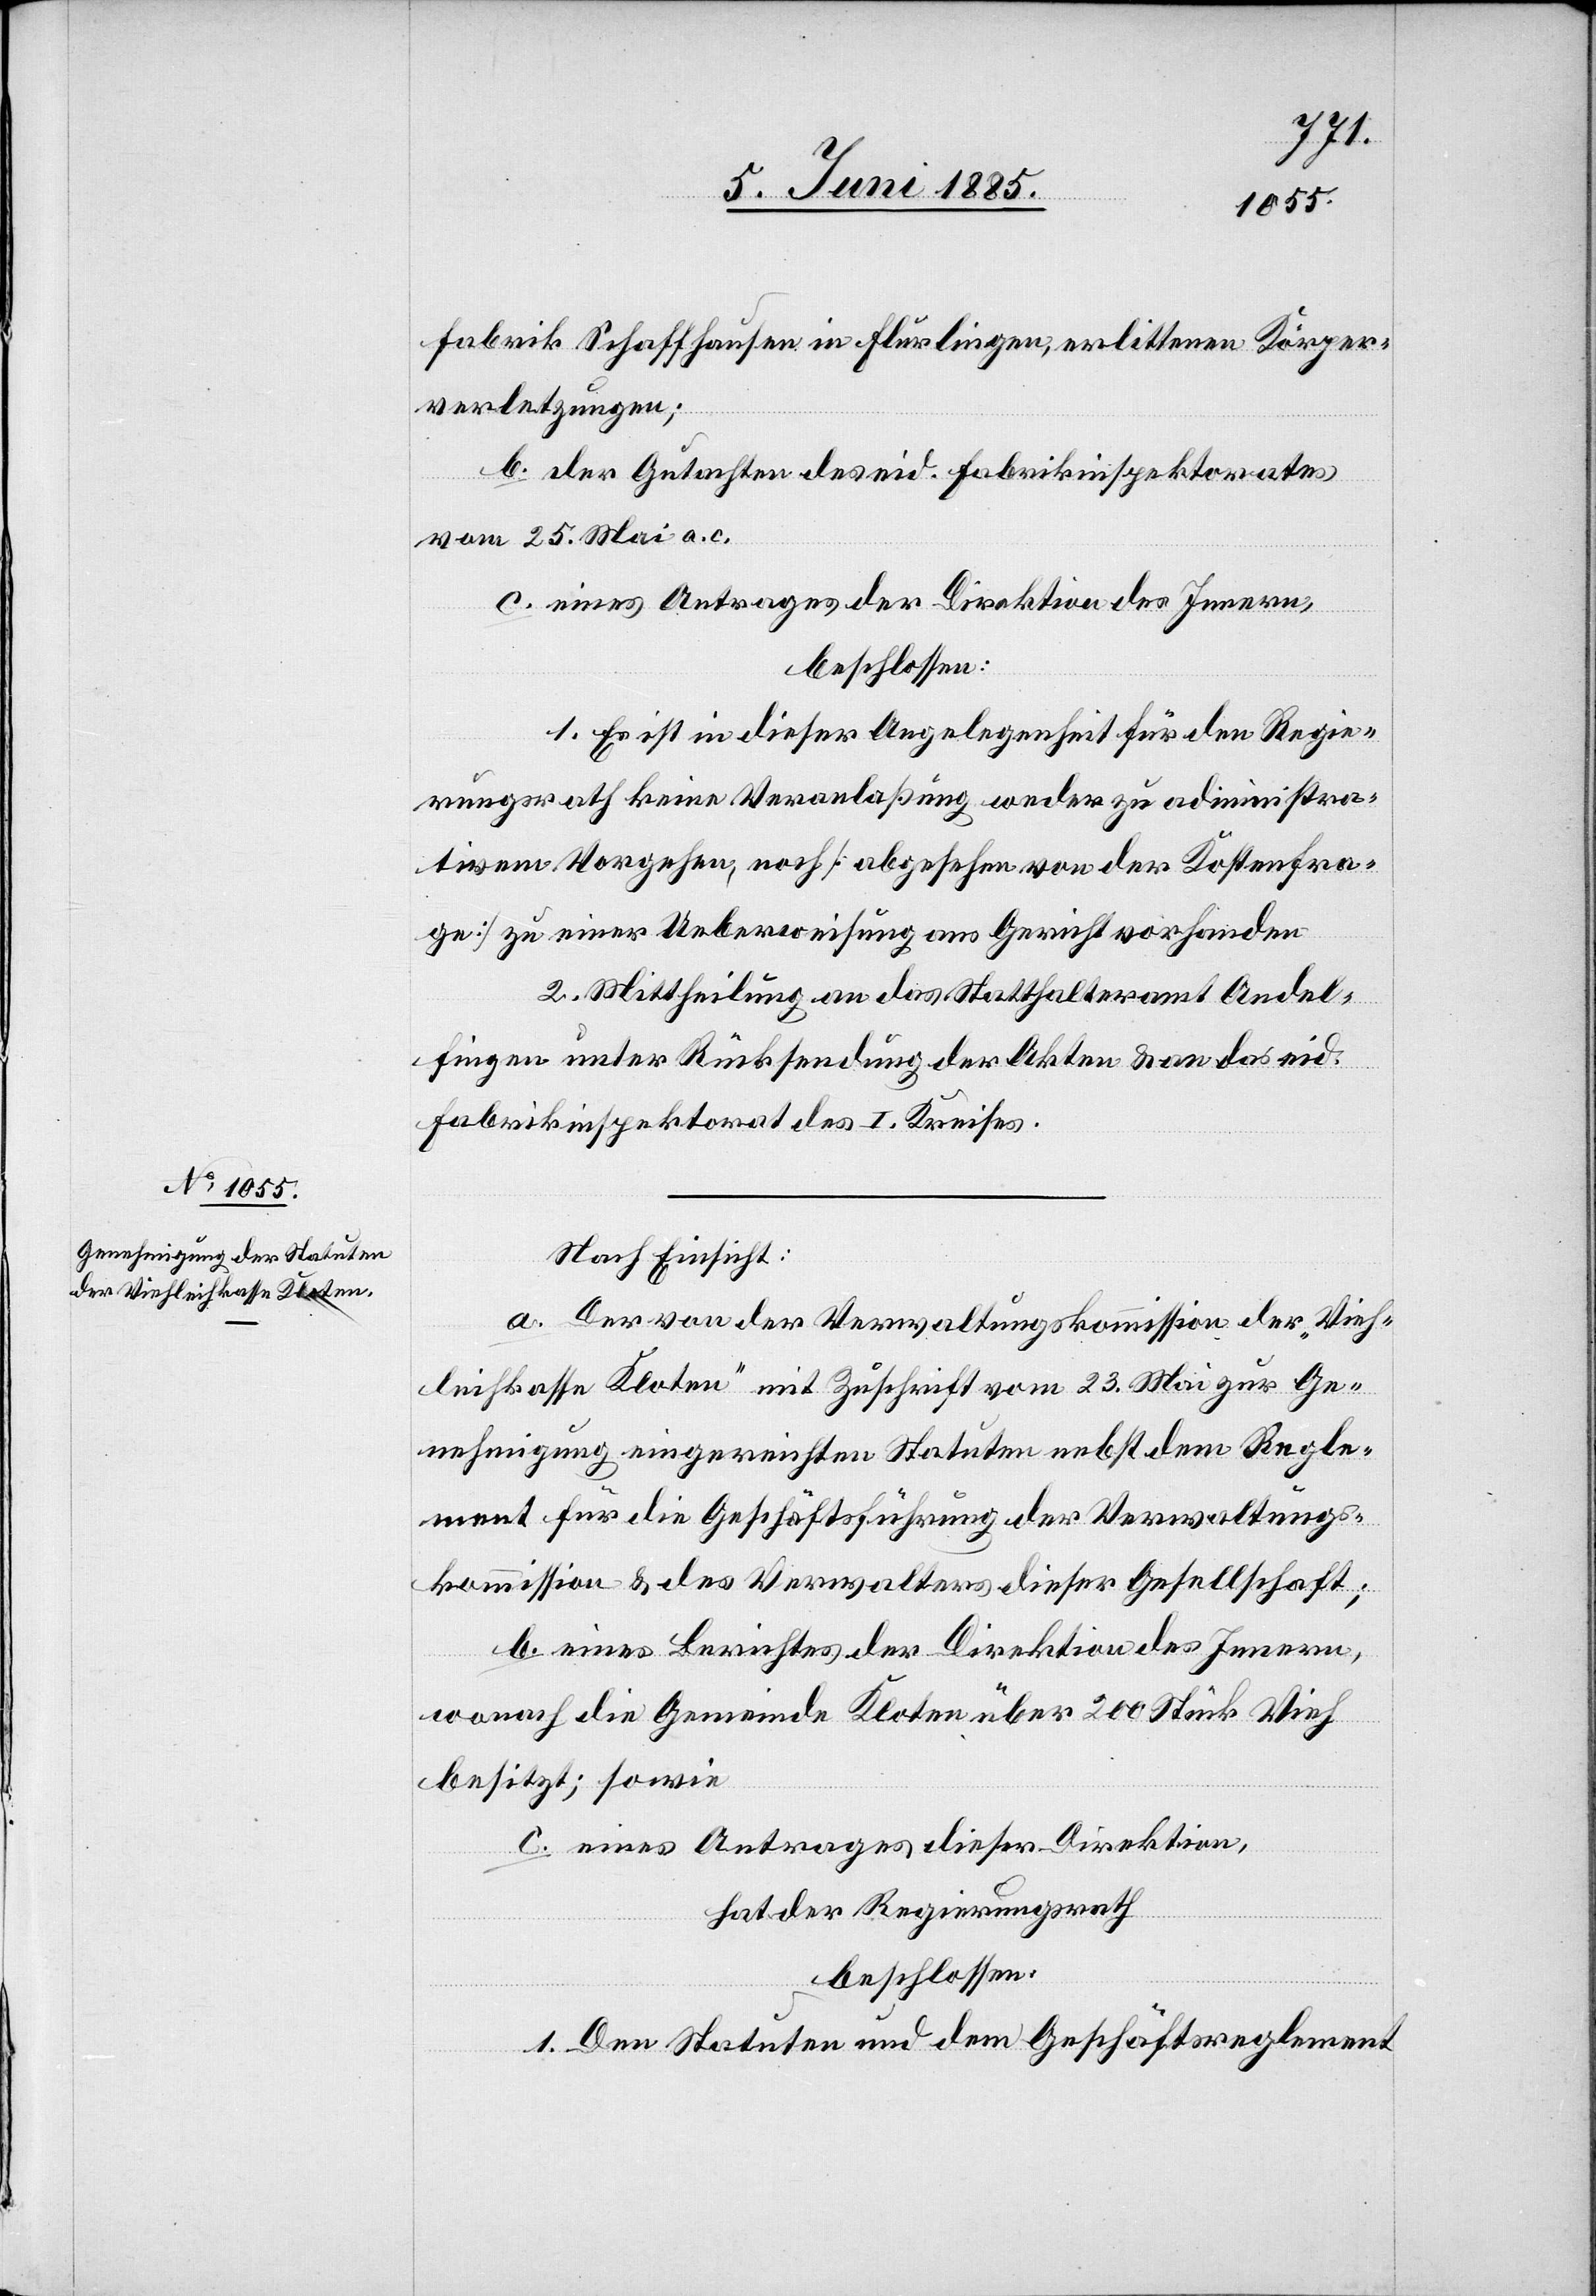
fabrik Schaffhausen in Flurlingen, erlittenen Körper¬
verletzungen;
b. der Gutachten des eid. Fabrikinspektorates
vom 25. Mai a. c.
c. eines Antrages der Direktion des Innern,
beschlossen:
1. Es ist in dieser Angelegenheit für den Regie¬
rungsrath keine Veranlaßung weder zu administra¬
tivem Vorgehen, noch [abgesehen von der Kostenfra¬
ge] zu einer Ueberweisung ans Gericht vorhanden.
2. Mittheilung an das Statthalteramt Andel¬
fingen unter Rücksendung der Akten & an das eid.
Fabrikinspektorat des I. Kreises.
Nach Einsicht:
a. Der von der Verwaltungskommission der „Vieh¬
leihkasse Kloten“ mit Zuschrift vom 23. Mai zur Ge¬
nehmigung eingereichten Statuten nebst dem Regle¬
ment für die Geschäftsführung der Verwaltungs¬
kommission & des Verwalters dieser Gesellschaft;
b. eines Berichtes der Direktion des Innern,
wonach die Gemeinde Kloten über 200 Stück Vieh
besitzt; sowie
c. eines Antrages dieser Direktion,
hat der Regierungsrath
beschlossen:
1. Den Statuten und dem Geschäftsreglement